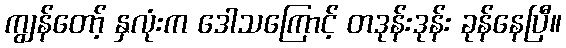
ကျွန်တော့် နှလုံးက ဒေါသကြောင့် တဒုန်းဒုန်း ခုန်နေပြီ။